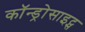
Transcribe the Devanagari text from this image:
कॉन्ड्रोसाइट्स